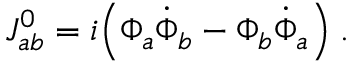
J _ { a b } ^ { 0 } = i \Big ( \Phi _ { a } \dot { \Phi } _ { b } - \Phi _ { b } \dot { \Phi } _ { a } \Big ) \; .